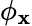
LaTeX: \phi_{\mathbf{x}}